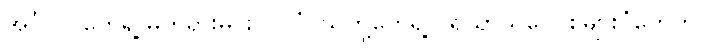
အင်္ဂလိပ်တွေရဲ့ မတရားမင်းလုပ်ပုံ၊ သူတို့တွေရဲ့ ပရိယာယ်ဝေဝုစ်များပုံတွေကို